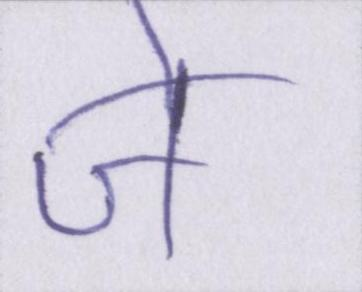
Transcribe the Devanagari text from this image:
जे